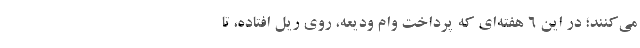
می‌کنند؛ در این ۶ هفته‌ای که پرداخت وام ودیعه، روی ریل افتاده، تا